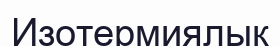
Изотермиялық